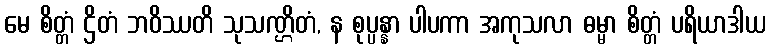
မေ စိတ္တံ ဌိတံ ဘဝိဿတိ သုသဏ္ဌိတံ, န စုပ္ပန္နာ ပါပကာ အကုသလာ ဓမ္မာ စိတ္တံ ပရိယာဒါယ